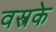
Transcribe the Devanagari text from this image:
वस्त्रके